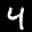
Label: 4